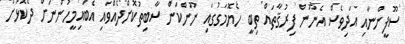
ސޫފީންނާއި އަދިވެސް އެނޫން ފިރުޤާތައް ތިބީ ހެޔޮމަގުގައި ނޫންކަން ސާބިތުކޮށްދެއްވައި އެބައިމީހުންނަށް ދެކޮޅަށް